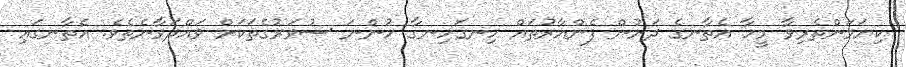
ކިޔަމަންތެރިވާ މީހާ އެތާނގެ ދަށުން ފެންއާރުތައް ހިނގަހިނގާ ހުންނަ ސުވަރުގެތަކަށް ވައްދަވާނެތެވެ. އެތާނގައި